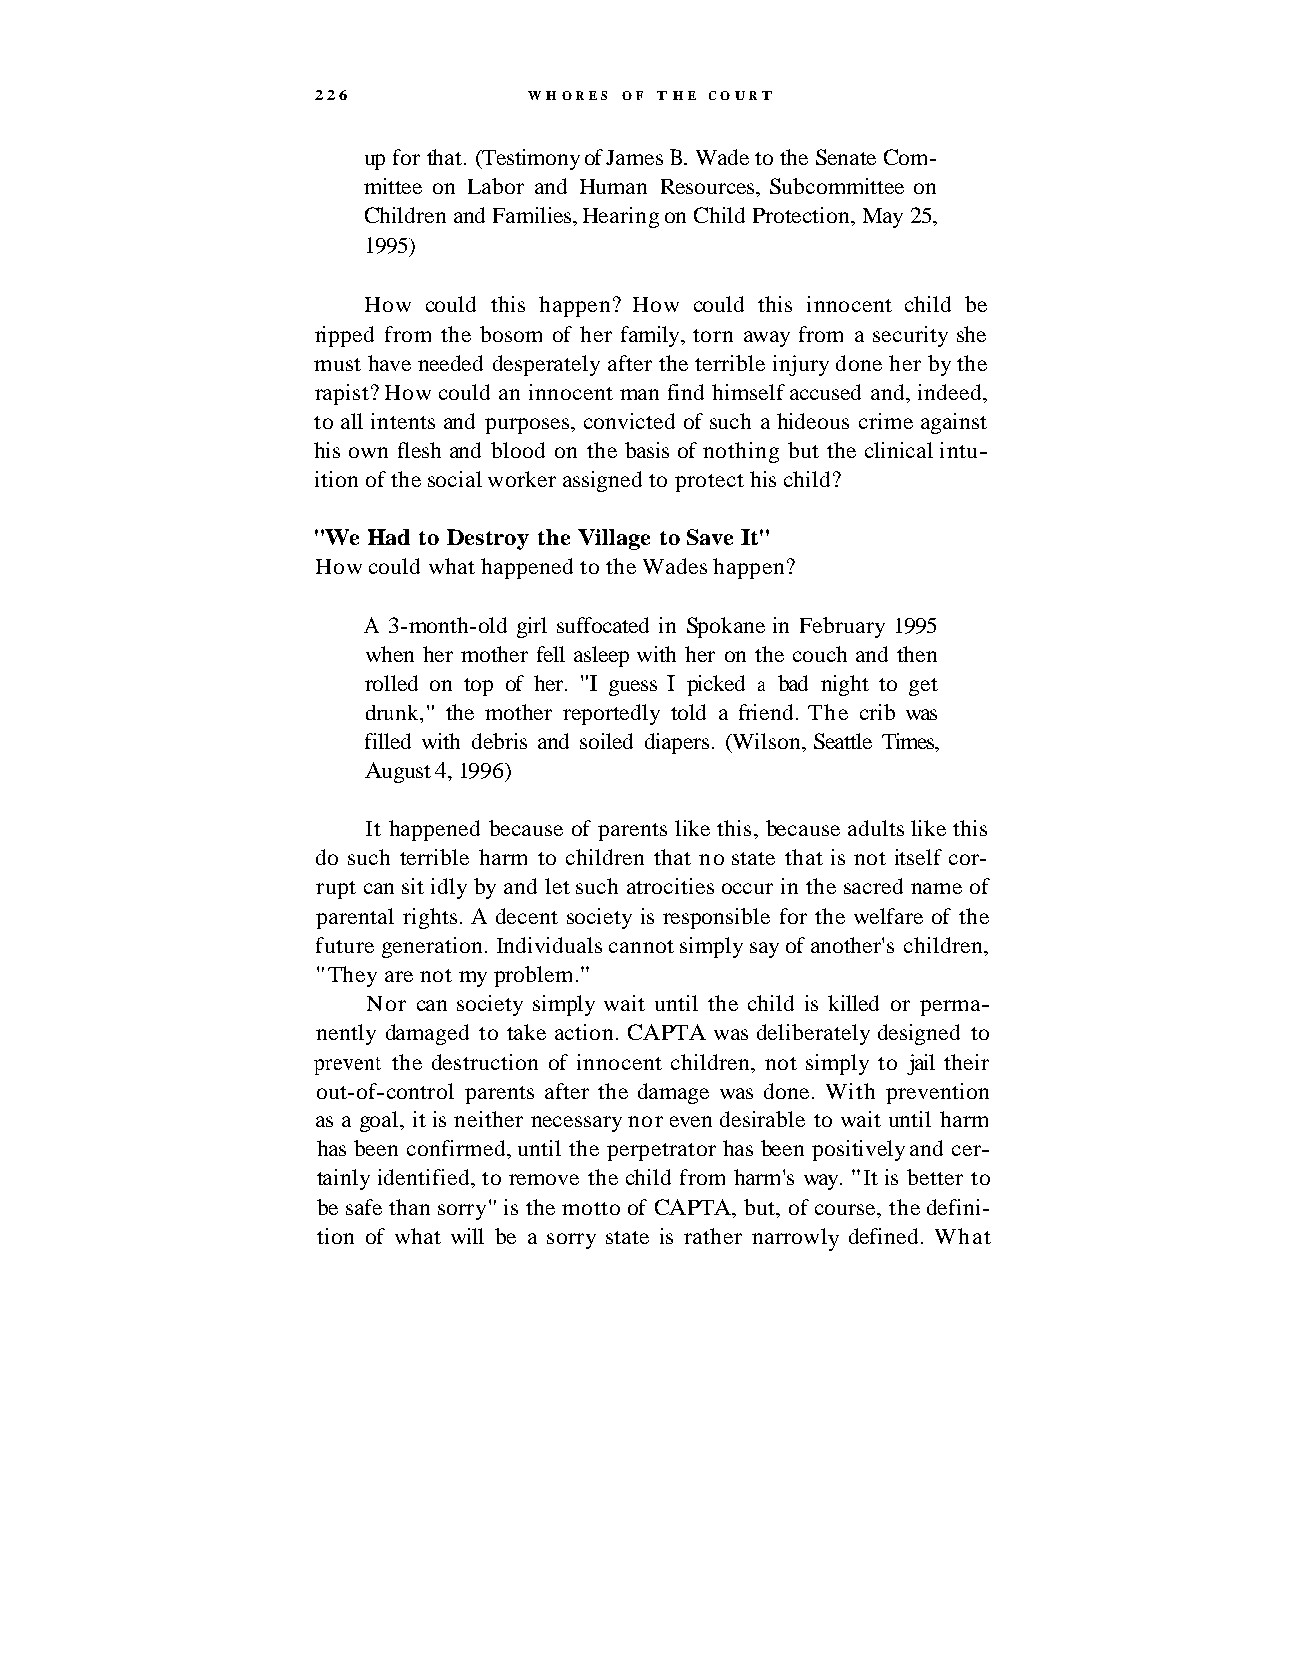
226           WHORES OF THE COURT
 up for that. (Testimony of James B. Wade to the Senate Com-
 mittee on Labor and Human Resources, Subcommittee on
 Children and Families, Hearing on Child Protection, May 25,
 1995)
 How could this happen? How could this innocent child be
 ripped from the bosom of her family, torn away from a security she
 must have needed desperately after the terrible injury done her by the
 rapist? How could an innocent man find himself accused and, indeed,
 to all intents and purposes, convicted of such a hideous crime against
 his own flesh and blood on the basis of nothing but the clinical intu-
 ition of the social worker assigned to protect his child?
 "We Had to Destroy the Village to Save It"
 How could what happened to the Wades happen?
 A 3-month-old girl suffocated in Spokane in February 1995
 when her mother fell asleep with her on the couch and then
 rolled on top of her. "I guess I picked a bad night to get
 drunk," the mother reportedly told a friend. The crib was
 filled with debris and soiled diapers. (Wilson, Seattle Times,
 August 4, 1996)
 It happened because of parents like this, because adults like this
 do such terrible harm to children that no state that is not itself cor-
 rupt can sit idly by and let such atrocities occur in the sacred name of
 parental rights. A decent society is responsible for the welfare of the
 future generation. Individuals cannot simply say of another's children,
 "They are not my problem."
 Nor can society simply wait until the child is killed or perma-
 nently damaged to take action. CAPTA was deliberately designed to
 prevent the destruction of innocent children, not simply to jail their
 out-of-control parents after the damage was done. With prevention
 as a goal, it is neither necessary nor even desirable to wait until harm
 has been confirmed, until the perpetrator has been positively and cer-
 tainly identified, to remove the child from harm's way. "It is better to
 be safe than sorry" is the motto of CAPTA, but, of course, the defini-
 tion of what will be a sorry state is rather narrowly defined. What